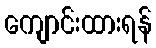
ကျောင်းထားရန်